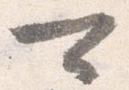
可